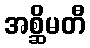
အစ္ဆိမတီ